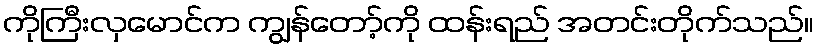
ကိုကြီးလှမောင်က ကျွန်တော့်ကို ထန်းရည် အတင်းတိုက်သည်။